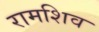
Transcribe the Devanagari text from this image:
रामशिव